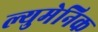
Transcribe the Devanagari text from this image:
ल्युमेनिक